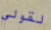
لقولي